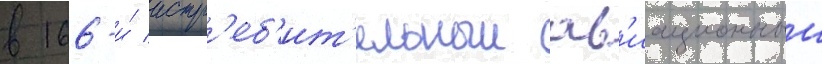
в 166-и́ истр'еб'ит'ельныи ав'иационныи